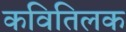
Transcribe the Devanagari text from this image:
कवितिलक